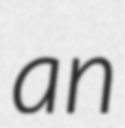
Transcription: an